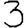
Digit: 3